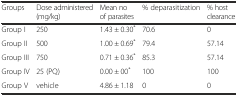
<table><thead><tr><td><b>Groups</b></td><td><b>Dose administered (mg/kg)</b></td><td><b>Mean no of parasites</b></td><td><b>% deparasitization</b></td><td><b>% host clearance</b></td></tr></thead><tbody><tr><td>Group I</td><td>250</td><td>1.43 ± 0.30<sup>*</sup></td><td>70.6</td><td>0</td></tr><tr><td>Group II</td><td>500</td><td>1.00 ± 0.69<sup>*</sup></td><td>79.4</td><td>57.14</td></tr><tr><td>Group III</td><td>750</td><td>0.71 ± 0.36<sup>*</sup></td><td>85.3</td><td>57.14</td></tr><tr><td>Group IV</td><td>25 (PQ)</td><td>0.00 ± 00<sup>*</sup></td><td>100</td><td>100</td></tr><tr><td>Group V</td><td>vehicle</td><td>4.86 ± 1.18</td><td>0</td><td>0</td></tr></tbody></table>